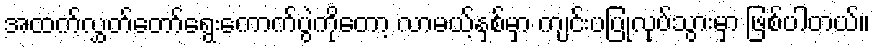
အထက်လွှတ်တော်ရွေးကောက်ပွဲကိုတော့ လာမယ့်နှစ်မှာ ကျင်းပပြုလုပ်သွားမှာ ဖြစ်ပါတယ်။